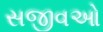
સજીવઓ